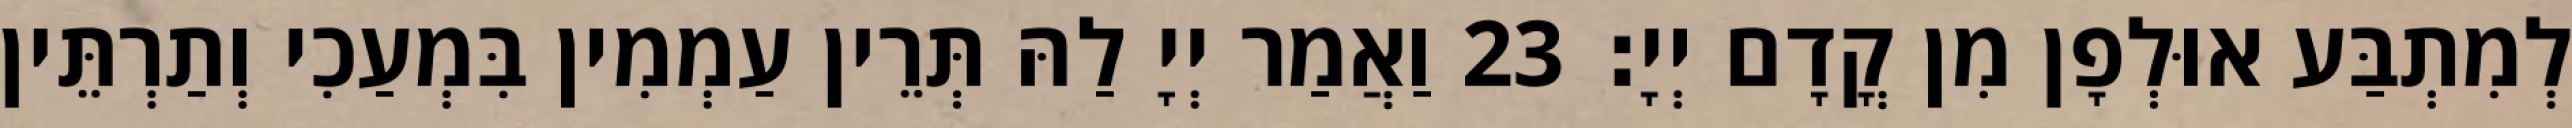
לְמִתְבַּע אוּלְפָן מִן קֳדָם יְיָ׃ 23 וַאֲמַר יְיָ לַהּ תְּרֵין עַמְמִין בִּמְעַכִי וְתַרְתֵּין